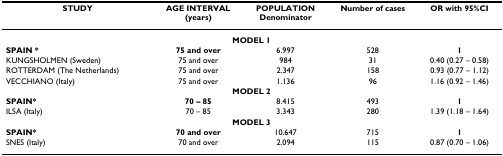
<table><thead><tr><td><b>STUDY</b></td><td><b>AGE INTERVAL (years)</b></td><td><b>POPULATION Denominator</b></td><td><b>Number of cases</b></td><td><b>OR with 95%CI</b></td></tr></thead><tbody><tr><td colspan="5"><b>MODEL 1</b></td></tr><tr><td><b>SPAIN *</b></td><td><b>75 and over</b></td><td>6.997</td><td>528</td><td><b>1</b></td></tr><tr><td>KUNGSHOLMEN (Sweden)</td><td>75 and over</td><td>984</td><td>31</td><td>0.40 (0.27 – 0.58)</td></tr><tr><td>ROTTERDAM (The Netherlands)</td><td>75 and over</td><td>2.347</td><td>158</td><td>0.93 (0.77 – 1.12)</td></tr><tr><td>VECCHIANO (Italy)</td><td>75 and over</td><td>1.136</td><td>96</td><td>1.16 (0.92 – 1.46)</td></tr><tr><td colspan="5"><b>MODEL 2</b></td></tr><tr><td><b>SPAIN*</b></td><td><b>70 – 85</b></td><td>8.415</td><td>493</td><td><b>1</b></td></tr><tr><td>ILSA (Italy)</td><td>70 – 85</td><td>3.343</td><td>280</td><td>1.39 (1.18 – 1.64)</td></tr><tr><td colspan="5"><b>MODEL 3</b></td></tr><tr><td><b>SPAIN*</b></td><td><b>70 and over</b></td><td>10.647</td><td>715</td><td><b>1</b></td></tr><tr><td>SNES (Italy)</td><td>70 and over</td><td>2.094</td><td>115</td><td>0.87 (0.70 – 1.06)</td></tr></tbody></table>